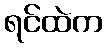
ရင်ထဲက